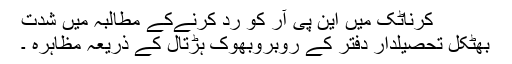
کرناٹک میں این پی آر کو رد کرنےکے مطالبہ میں شدت
بھٹکل تحصیلدار دفتر کے روبروبھوک ہڑتال کے ذریعہ مظاہرہ ۔